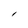
Character: 1